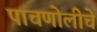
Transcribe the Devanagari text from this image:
पाचणोलीचे